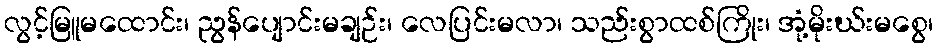
လွင့်မြူမထောင်း၊ ညွန်ပျောင်းမချဉ်း၊ လေပြင်းမလာ၊ သည်းစွာထစ်ကြိုး၊ အုံ့မိုးဃ်းမစွေ၊